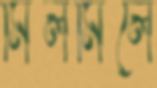
মিলমিলে